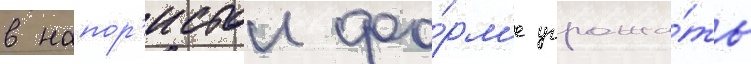
в напор'истои фо́рм'е угрожа́ть